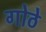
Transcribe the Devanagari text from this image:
गोठे